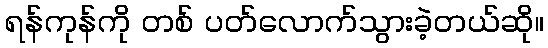
ရန်ကုန်ကို တစ် ပတ်လောက်သွားခဲ့တယ်ဆို။